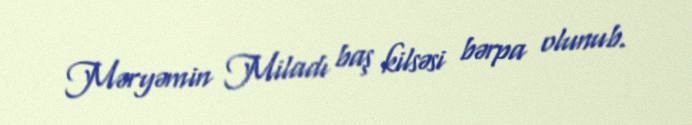
Məryəmin Miladı baş kilsəsi bərpa olunub.